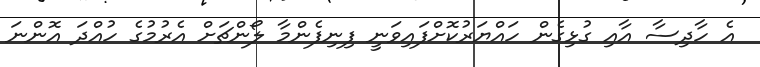
އެ ހާދިސާ އާއި ގުޅިގެން ހައްޔަރުކޮށްފައިވަނީ ފިނިފެންމާ ލޯންޗަށް އެރުމުގެ ހުއްދަ އޮންނަ